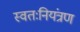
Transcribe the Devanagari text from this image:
स्वतःनियंत्रण